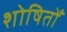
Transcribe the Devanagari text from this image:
शोषितोँ